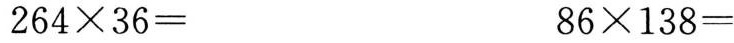
$$2 6 4 \times 3 6 =$$ $$8 6 \times 1 3 8 =$$